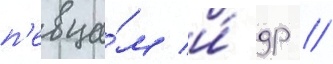
п'евца́м и́ др //